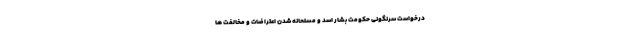
درخواست سرنگونی حکومت بشار اسد و مسلحانه شدن اعتراضات و مخالفت ها